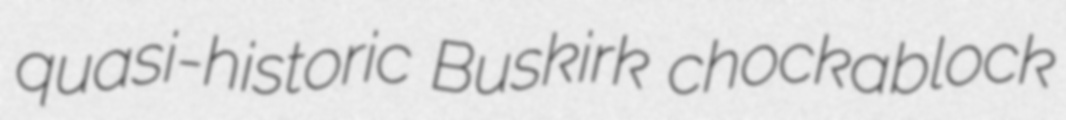
quasi-historic Buskirk chockablock